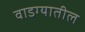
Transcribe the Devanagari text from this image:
वाडग्यातील